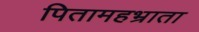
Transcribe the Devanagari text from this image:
पितामहभ्राता